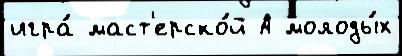
игра́ маст'ерско́й А молоды́х